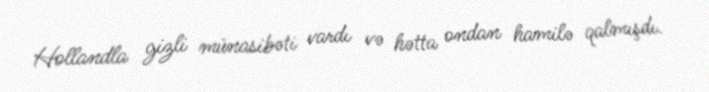
Hollandla gizli münasibəti vardı və hətta ondan hamilə qalmışdı.